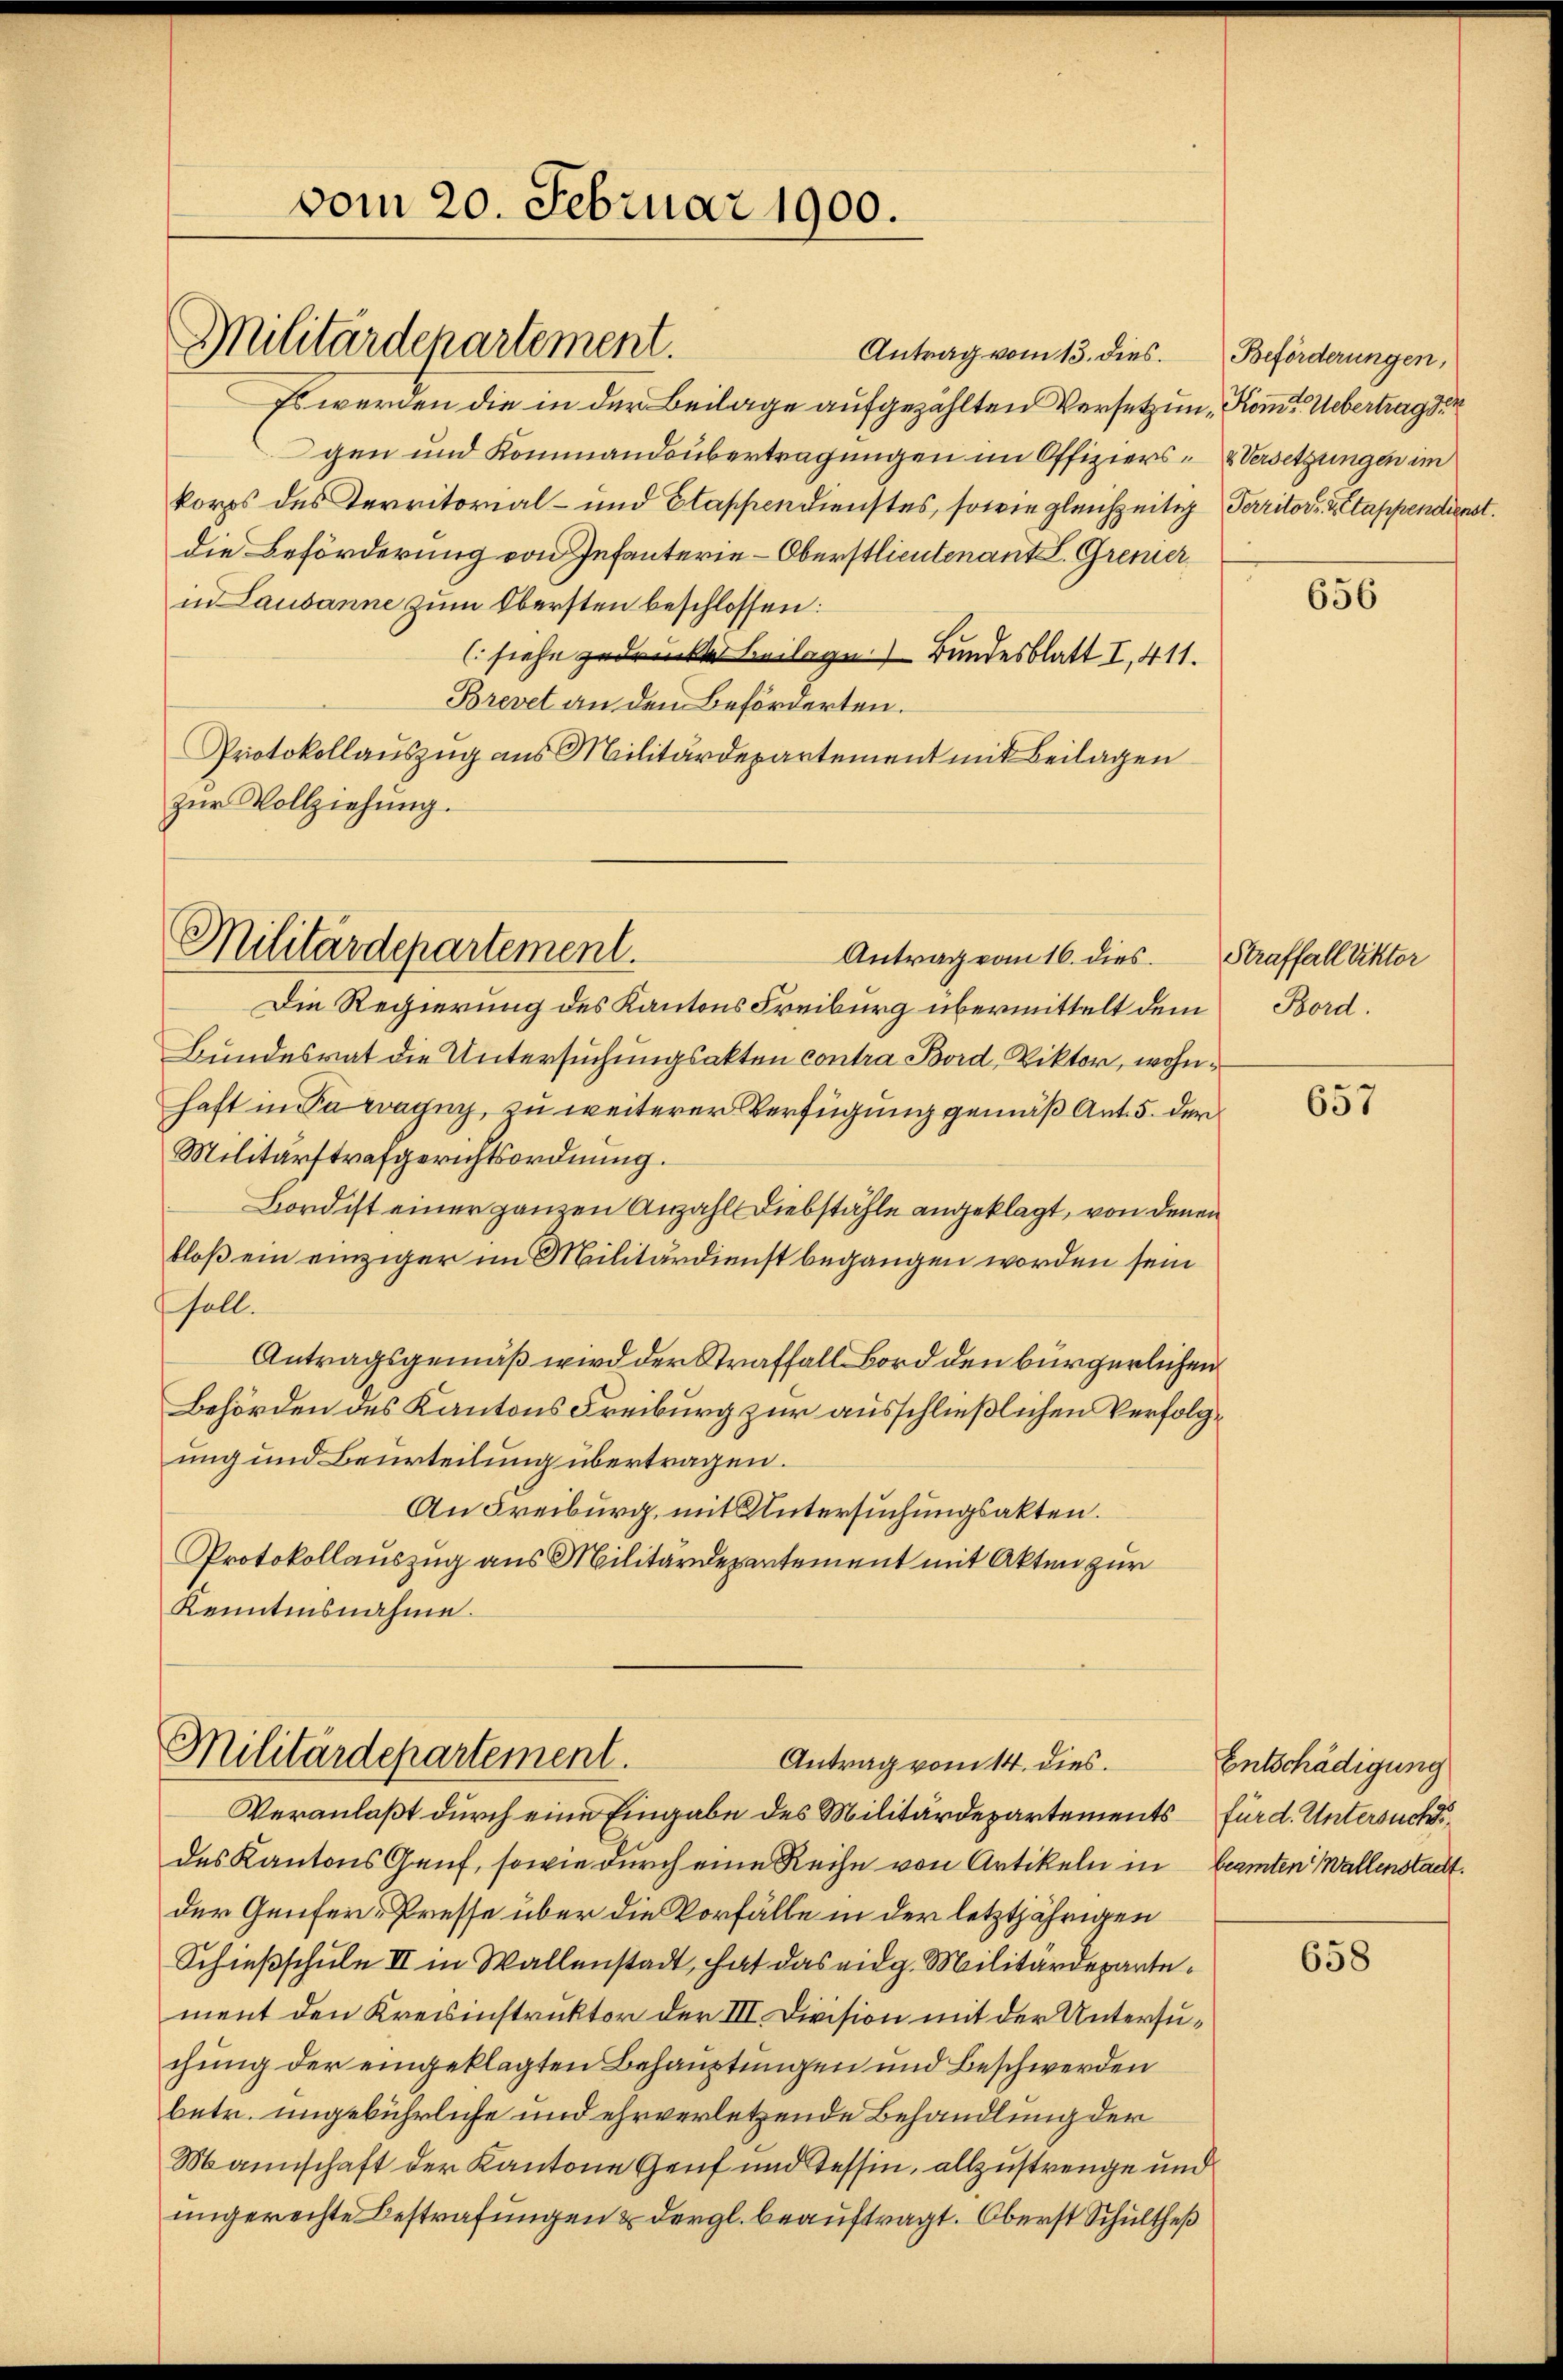
Antrag vom 13. dies.
Es werden die in der Beilage aufgezählten Versetzung Kommt Uebertrag der
gen und Kommandobertragungen im Offiziers- & Versetzungen im
korps des Territorial- und Elappendienstes, sowie gleichzeitig Perritor 2 tappendienst.
die Beförderung von Infanterie-Oberstlieutenant L. Grenier
in Lausanne zum Obersten beschlossen:
(siehe gedruckte Beilage. Bundesblatt I, 411.
Brevet an den Beförderten.
Protokollauszug aus Militärdepartement mit Beilagen
zŭr Vollziehung.

vom 20. Februar 1900.

Militärdepartement.

Militärdepartement.

Militärdepartement.
Antrag vom 14. dies.

Antrag vom 16. dies. Straffall Viktor
Die Regierung des Kantons Freiburg übermittelt dem Bord¬
Bundesrat die Untersuchungsakten contra Bord, Viktor, wohnhaft in Paragny, zu weiterer Verfügung gemäß Ant. 5. der
Militärstrafgerichtsordnung.
Bord ist einer ganzen Anzahl Diebstähle angeklagt, von denen
bloß ein einziger im Militärdienst begangen worden sein
soll.
Antragsgemäß wird der Straffall Bord den bürgerlichen
Behörden des Kantons Freiburg zur ausschließlichen Verfolgung und Beurteilung übertragen.
An Freiburg, mit Untersuchungsakten.
Protokollauszug aus Militärdepartement mit Akten zur
Kenntensnahme.

Veranlaßt durch eine Eingabe des Militärdepartements für d. Untersuchsdes Kantons Genf, sowie durch eine Reihe von Artikeln in Beamten Wallenstacht.
der Genfer- Presse über die Vorfälle in der letztjährigen
Schießschule II in Wallenstadt, hat das eidg. Militärdepartement den Kreisinstruktor der III. Division mit der Untersuchung der eingeklagten Behauptungen und Beschwerden
betr. ungebührliche und ehrverletzende Behandlung der
Mannschaft der Kantone Genf und Tessin, allzustrenge und
ungerechte Bestrafungen & dergl. beauftragt. Oberst Schultheß

Beförderungen,

656

657

Entschädigung

658